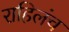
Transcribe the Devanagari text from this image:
राहिलंच